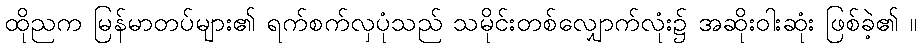
ထိုညက မြန်မာတပ်များ၏ ရက်စက်လှပုံသည် သမိုင်းတစ်လျှောက်လုံး၌ အဆိုးဝါးဆုံး ဖြစ်ခဲ့၏ ။